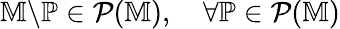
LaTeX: \mathbb{M}\backslash\mathbb{P}\in\mathcal{P}(\mathbb{M}),\quad\forall\mathbb{P}\in\mathcal{P}(\mathbb{M})